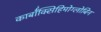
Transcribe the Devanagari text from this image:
कार्बॉक्सिहिमोग्लोबिन